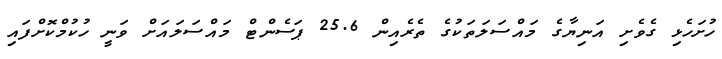
ހުށަހެޅި ގެވެށި އަނިޔާގެ މައްސަލަތަކުގެ ތެރެއިން 25.6 ޕަސެންޓް މައްސަލައަށް ވަނީ ހުކުމްކޮށްފައި